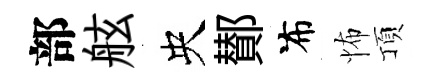
部舷央鄼布怖頂